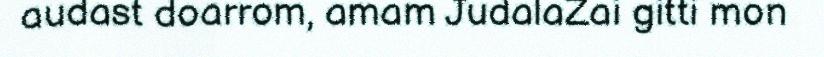
audast doarrom, amam JudalaZai gitti mon